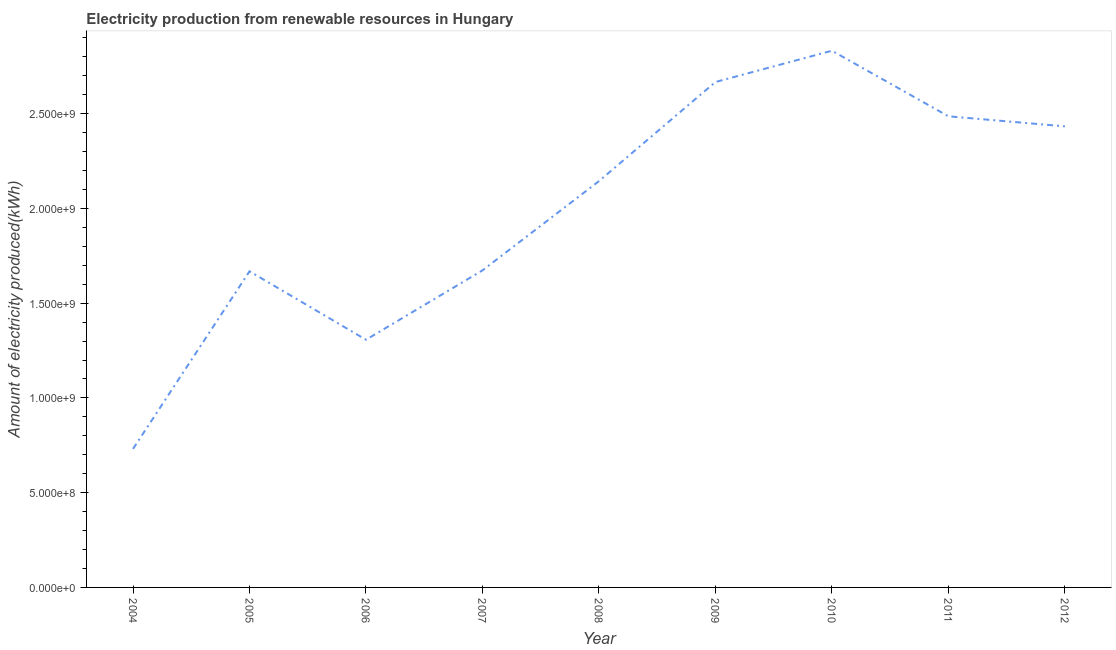
| Year | Electricity production from renewable sources |
 | --- | --- |
 | 2004 | 7.31e+08 |
 | 2005 | 1.67e+09 |
 | 2006 | 1.31e+09 |
 | 2007 | 1.67e+09 |
 | 2008 | 2.14e+09 |
 | 2009 | 2.67e+09 |
 | 2010 | 2.83e+09 |
 | 2011 | 2.49e+09 |
 | 2012 | 2.43e+09 |